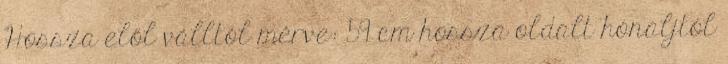
Hossza elől válltól mérve: 59 cm hossza oldalt hónaljtól